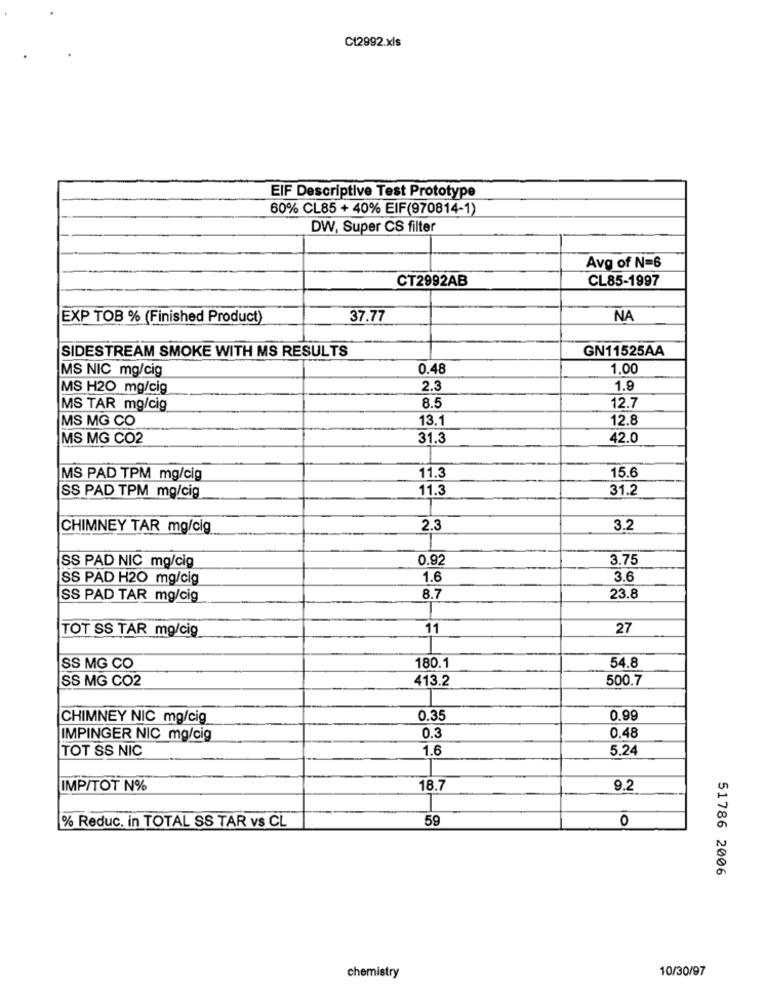
Ct2992.xls
EIF Descriptive Test Prototype
60% CL85 + 40% EIF(970814-1)
DW, Super CS filter
Avg of N=6
CT2992AB
CL85-1997
EXP TOB % (Finished Product)
37.77
NA
SIDESTREAM SMOKE WITH MS RESULTS
GN11525AA
MS NIC mg/cig
0.48
1,00
MS H20 mg/cig
2.3
1.9
8.5
12.7
MS TAR mg/cig
MS MG CO
13.1
12.8
MS MG CO2
31.3
42.0
MS PAD TPM mg/cig
11.3
15.6
11.3
31.2
SS PAD TPM mg/cig
CHIMNEY TAR mg/cig
2.3
3.2
0.92
3.75
SS PAD NIC mg/cig
SS PAD H20 mg/cig
1.6
3.6
SS PAD TAR mg/cig
8.7
23.8
TOT SS TAR mg/cig
11
27
SS MG CO
180.1
54.8
SS MG CO2
413.2
500,7
CHIMNEY NIC mg/cig
0.35
0.99
0.3
IMPINGER NIC mg/cig
0,48
TOT SS NIC
1.6
5.24
IMP/TOT N%
18.7
9.2
% Reduc. in TOTAL SS TAR vs CL
59
0
51786 2006
10/30/97
chemistry